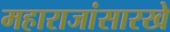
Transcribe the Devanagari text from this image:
महाराजांसारखे